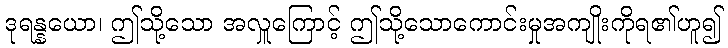
ဒုရန္နယော၊ ဤသို့သော အလှူကြောင့် ဤသို့သောကောင်းမှုအကျိုးကိုရ၏ဟူ၍